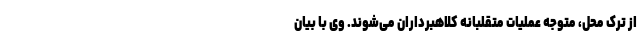
از ترک محل، متوجه عملیات متقلبانه کلاهبرداران می‌شوند. وی با بیان